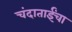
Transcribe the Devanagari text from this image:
चंदाताईंचा